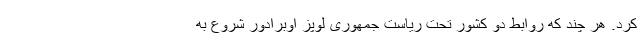
کرد. هر چند که روابط دو کشور تحت ریاست جمهوری لوپز اوبرادور شروع به